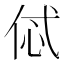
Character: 𠈸